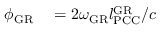
\begin{array} { r l } { \phi _ { \mathrm { G R } } } & { { } = 2 \omega _ { \mathrm { G R } } l _ { \mathrm { P C C } } ^ { \mathrm { G R } } / c } \end{array}